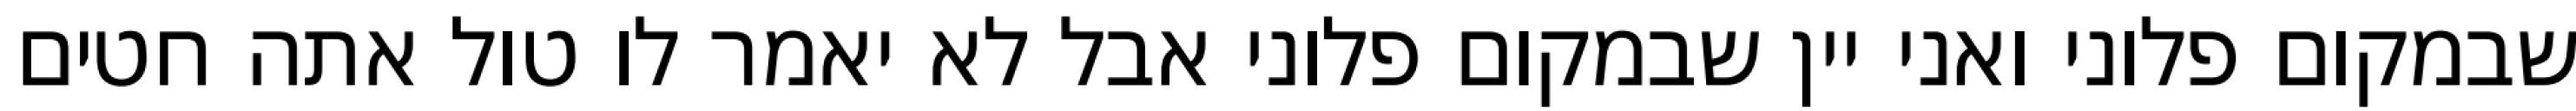
שבמקום פלוני ואני יין שבמקום פלוני אבל לא יאמר לו טול אתה חטים